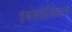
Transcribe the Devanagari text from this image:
इकोलोजिकल